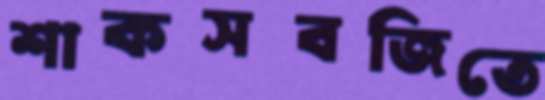
শাকসবজিতে